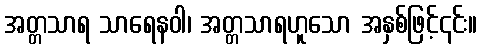
အတ္တသာရ သာရေနဝါ၊ အတ္တသာရဟူသော အနှစ်ဖြင့်၎င်း။